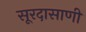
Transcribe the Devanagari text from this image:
सूरदासाणी